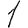
Digit: 1